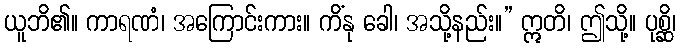
ယူဘိ၏။ ကာရဏံ၊ အကြောင်းကား။ ကိံနု ခေါ၊ အသို့နည်း။” ဣတိ၊ ဤသို့။ ပုစ္ဆိ၊